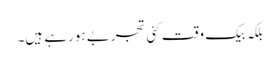
بلکہ بیک وقت کئی تجربے ہورہے ہیں۔